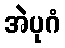
အဲပုဂံ